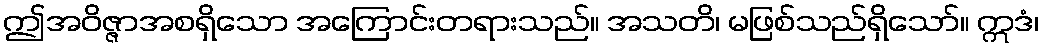
ဤအဝိဇ္ဇာအစရှိသော အကြောင်းတရားသည်။ အသတိ၊ မဖြစ်သည်ရှိသော်။ ဣဒံ၊